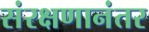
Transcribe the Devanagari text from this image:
संरक्षणानंतर